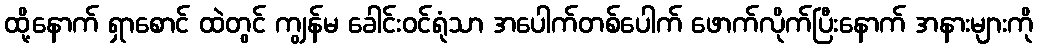
ထို့နောက် ရှာစောင် ထဲတွင် ကျွန်မ ခေါင်းဝင်ရုံသာ အပေါက်တစ်ပေါက် ဖောက်လိုက်ပြီးနောက် အနားများကို